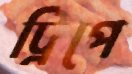
ট্রিপে